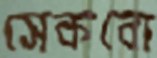
সেকবো